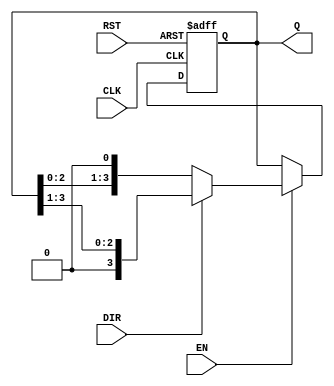
module async_shift_counter (
    input wire CLK,            // Clock input
    input wire RST,            // Asynchronous reset
    input wire DIR,            // Shift direction (0 = left, 1 = right)
    input wire EN,             // Enable signal
    output reg [N-1:0] Q       // Counter output with N bits
);
    parameter N = 4;           // Number of bits in the counter (can be modified)

    // Asynchronous reset
    always @(posedge CLK or posedge RST) begin
        if (RST) begin
            Q <= {N{1'b0}};     // Reset counter to all zeros
        end else if (EN) begin
            if (DIR) begin
                // Right shift
                Q <= {1'b0, Q[N-1:1]}; // Shift right, introducing '0' at MSB
            end else begin
                // Left shift
                Q <= {Q[N-2:0], 1'b0}; // Shift left, introducing '0' at LSB
            end
        end
    end

endmodule